Civil Veterinary Department Bengal reports 1923-33 - 1923-1933
Year: 1923
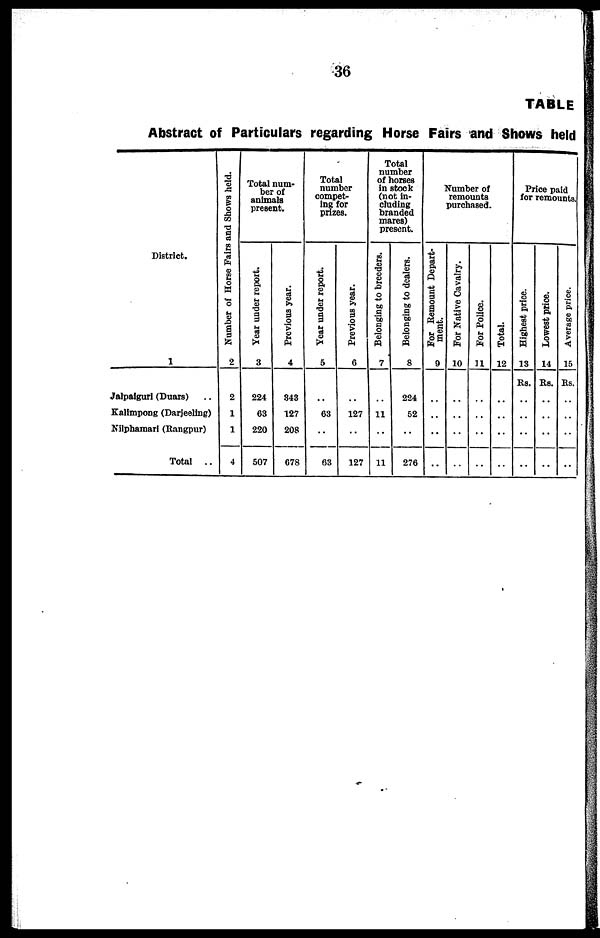
36
TABLE
Abstract of Particulars regarding Horse Fairs and Shows held
District.
1
Jalpaiguri (Duars) ..
Kalimpong (Darjeeling)
Nilphamari (Rangpur)
Total
..
Number of Horse Fairs and Shows held.
2
2
1
1
4
Total num-
ber of
animals
present.
Year under report.
3
224
63
220
507
Previous year.
4
843
127
208
678
Total
number
compet-
ing for
prizes.
Year under report.
5
..
63
..
63
Previous year.
6
..
127
..
127
Total
number
of horses
in stock
(not in-
cluding
branded
mares)
present.
Belonging to breeders.
7
..
11
..
11
Belonging to dealers.
8
224
52
..
276
Number of
remounts
purchased.
For Remount Depart-
ment.
9
..
..
..
..
For Native Cavalry.
10
..
..
..
..
For Police.
11
..
..
..
..
Total.
12
..
..
..
..
Price paid
for remounts.
Highest price.
13
Rs.
..
..
..
..
Lowest price.
14
Rs.
..
..
..
..
Average price.
15
Rs.
..
..
..
..